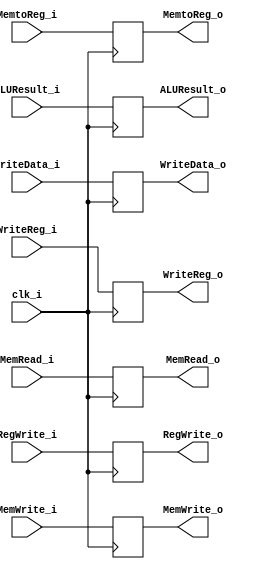
//Done
module EXMEM
(
    RegWrite_i,RegWrite_o,MemtoReg_i,MemtoReg_o,MemRead_i,MemRead_o,MemWrite_i,MemWrite_o,ALUResult_i,ALUResult_o,WriteData_i,WriteData_o,WriteReg_i,WriteReg_o,clk_i
);
input RegWrite_i,MemtoReg_i,MemRead_i,MemWrite_i;
input [31:0] ALUResult_i,WriteData_i;
input [4:0] WriteReg_i;
input clk_i;
output RegWrite_o,MemtoReg_o,MemRead_o,MemWrite_o;
output [31:0] ALUResult_o,WriteData_o;
output [4:0] WriteReg_o;

reg RegWrite_r,MemtoReg_r,MemRead_r,MemWrite_r;
reg [31:0] ALUResult_r,WriteData_r;
reg [4:0] WriteReg_r;

assign RegWrite_o=RegWrite_r, MemtoReg_o= MemtoReg_r,MemRead_o=MemRead_r,MemWrite_o=MemWrite_r,ALUResult_o=ALUResult_r,WriteData_o=WriteData_r,WriteReg_o=WriteReg_r;

initial begin
    RegWrite_r=0;
    MemtoReg_r=0;
    MemRead_r=0;
    MemWrite_r=0;
    ALUResult_r=0;
    WriteData_r=0;
    WriteReg_r=0;
end

always @ (posedge clk_i) begin
    RegWrite_r<=RegWrite_i;
    MemtoReg_r<=MemtoReg_i;
    MemRead_r<=MemRead_i;
    MemWrite_r<=MemWrite_i;
    ALUResult_r<=ALUResult_i;
    WriteData_r<=WriteData_i;
    WriteReg_r<=WriteReg_i;
end

endmodule